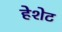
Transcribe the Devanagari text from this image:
हेशेट